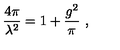
\frac { 4 \pi } { \lambda ^ { 2 } } = 1 + \frac { g ^ { 2 } } { \pi } \ ,